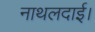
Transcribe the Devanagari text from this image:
नाथलदाई।